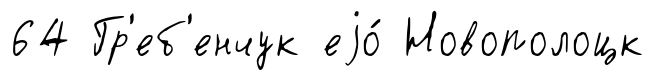
64 Гр'еб'енчук еjо́ Новополоцк